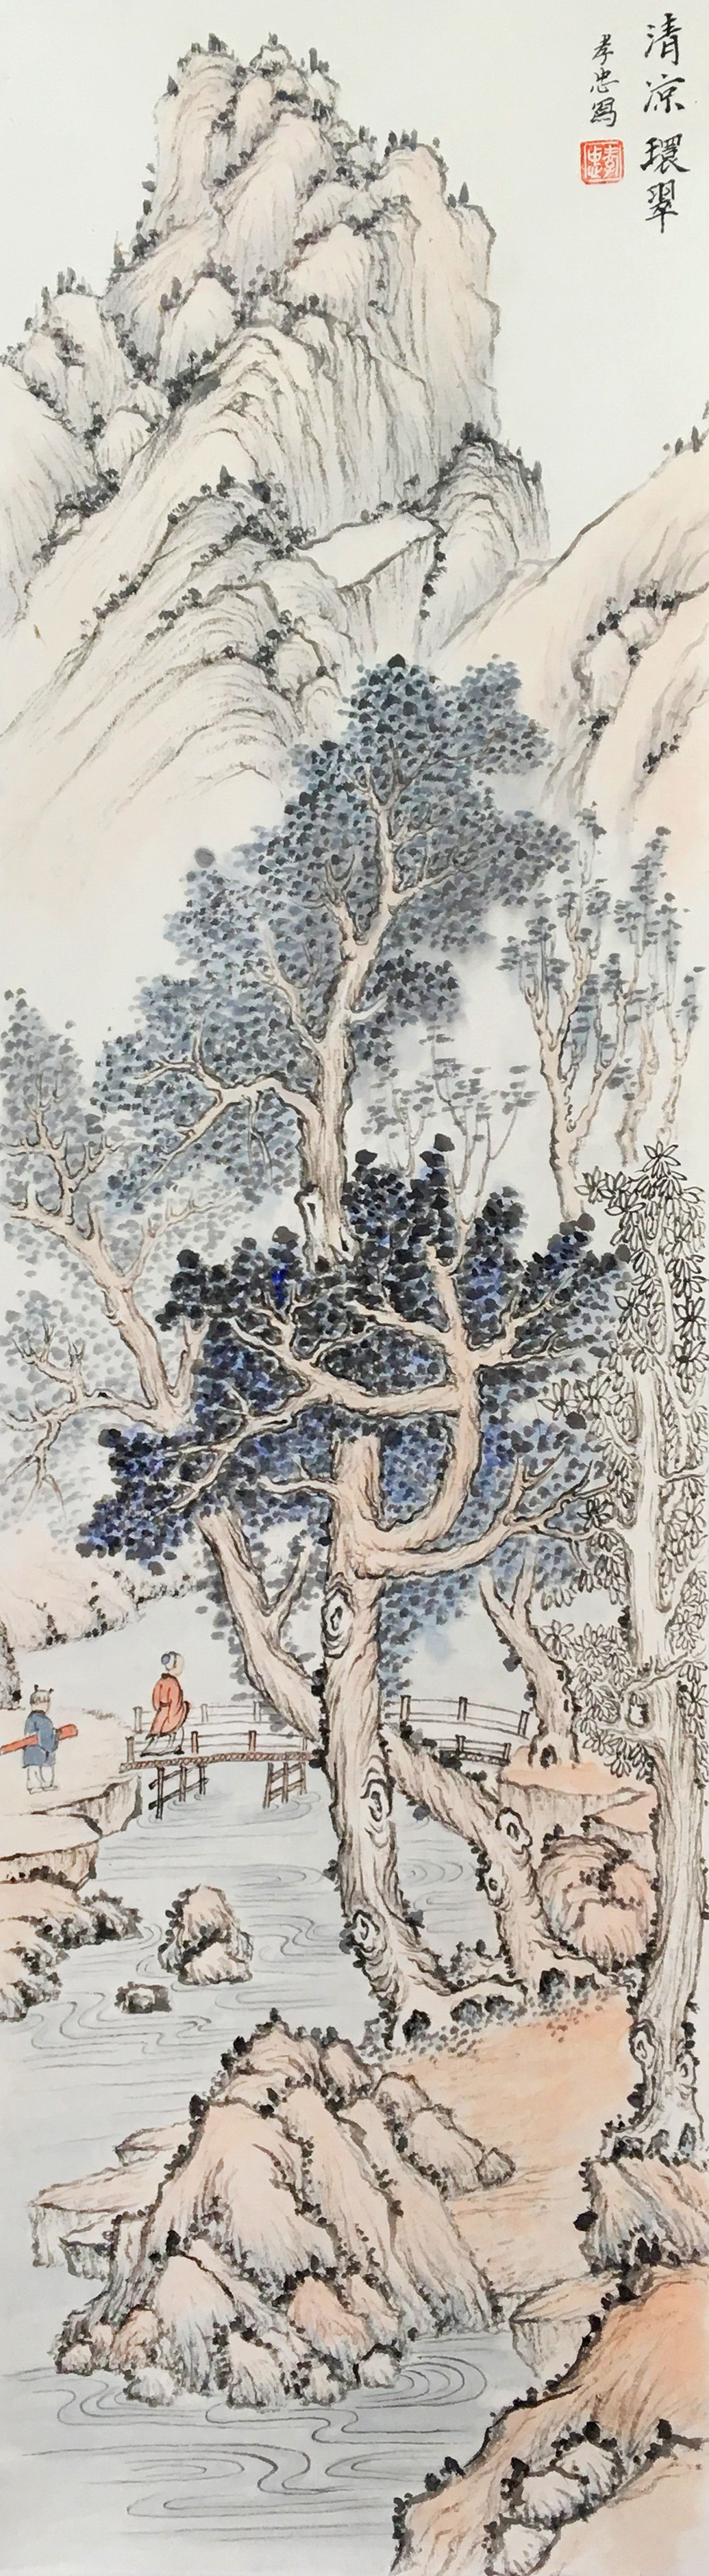
深秋寒夜银河静，月明深院中庭。